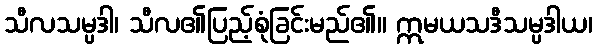
သီလသမ္ပဒါ၊ သီလ၏ပြည့်စုံခြင်းမည်၏။ ဣမယသဒီသမ္ပဒါယ၊